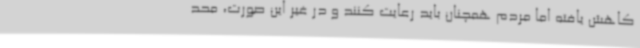
کاهش یافته اما مردم همچنان باید رعایت کنند و در غیر این صورت، محد